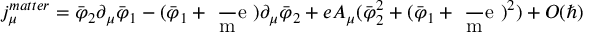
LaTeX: j _ { \mu } ^ { m a t t e r } = \bar { \varphi } _ { 2 } \partial _ { \mu } \bar { \varphi } _ { 1 } - ( \bar { \varphi } _ { 1 } + \mathrm { ~ \frac ~ m e ~ } ) \partial _ { \mu } \bar { \varphi } _ { 2 } + e A _ { \mu } ( \bar { \varphi } _ { 2 } ^ { 2 } + ( \bar { \varphi } _ { 1 } + \mathrm { ~ \frac ~ m e ~ } ) ^ { 2 } ) + O ( \hbar )